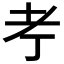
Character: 𦒱